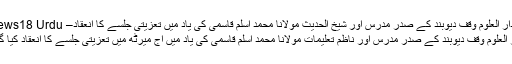
دار العلوم وقف دیوبند کے صدر مدرس اور شیخ الحدیث مولانا محمد اسلم قاسمی کی یاد میں تعزیتی جلسے کا انعقاد– News18 Urdu
دار العلوم وقف دیوبند کے صدر مدرس اور ناظم تعلیمات مولانا محمد اسلم قاسمی کی یاد میں آج میرٹھ میں تعزیتی جلسے کا انعقاد کیا گیا ۔